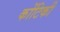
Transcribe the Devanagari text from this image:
कोंटिकी